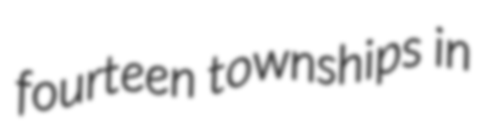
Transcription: fourteen townships in